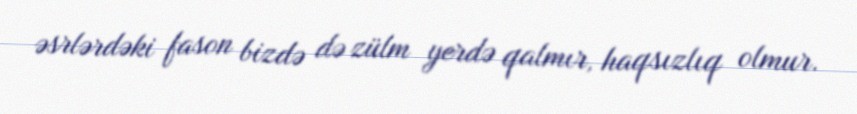
əsrlərdəki fason bizdə də zülm yerdə qalmır, haqsızlıq olmur.